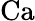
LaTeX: \textrm{Ca}